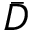
\Bar { D }